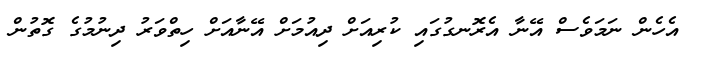
އެހެން ނަމަވެސް އޭނާ އެރޮނގުގައި ކުރިއަށް ދިއުމަށް އޭނާއަށް ހިތްވަރު ދިނުމުގެ ގޮތުން